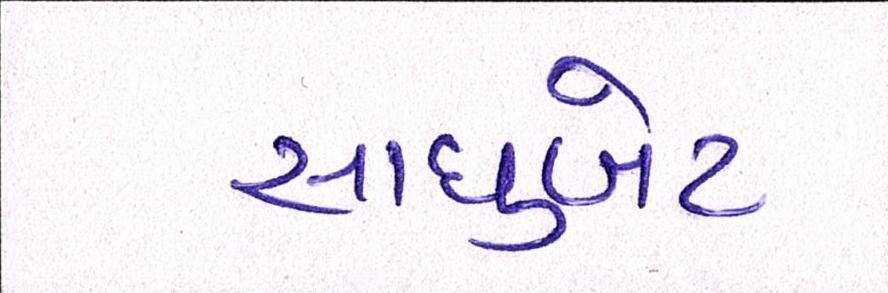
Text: સાધુબેટ